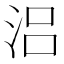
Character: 𣳮